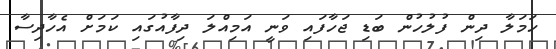
ހަމަލާ ދިން ފުލުހުން ބަޑި ޖަހާފައި ވަނީ އަމިއްލަ ދިފާއުގައި ކަމަށް އެހާދިސާ